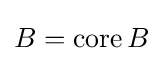
B=\operatorname {core} B